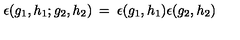
\epsilon ( g _ { 1 } , h _ { 1 } ; g _ { 2 } , h _ { 2 } ) \: = \: \epsilon ( g _ { 1 } , h _ { 1 } ) \epsilon ( g _ { 2 } , h _ { 2 } )